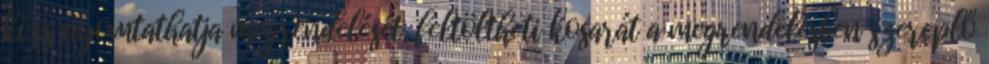
ki is nyomtathatja megrendelését, feltöltheti kosarát a megrendelésben szereplő